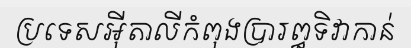
ប្រទេសអ៊ីតាលីកំពុងប្រារព្ធទិវាកាន់